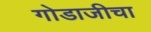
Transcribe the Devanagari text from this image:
गोडाजीचा